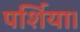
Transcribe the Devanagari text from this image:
पर्शिया।